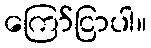
ကြော်ငြာပါ။